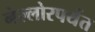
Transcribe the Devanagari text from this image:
नेल्लोरपर्यंत